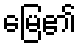
မြေ၏